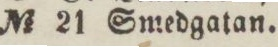
No 21 Smedgatan.